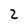
Character: 2